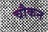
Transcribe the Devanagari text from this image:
चौकन